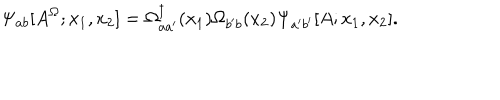
\Psi _ { a b } [ A ^ { \Omega } ; x _ { 1 } , x _ { 2 } ] = \Omega _ { a a ^ { \prime } } ^ { \dagger } ( x _ { 1 } ) \Omega _ { b ^ { \prime } b } ( x _ { 2 } ) \Psi _ { a ^ { \prime } b ^ { \prime } } [ A ; x _ { 1 } , x _ { 2 } ] .